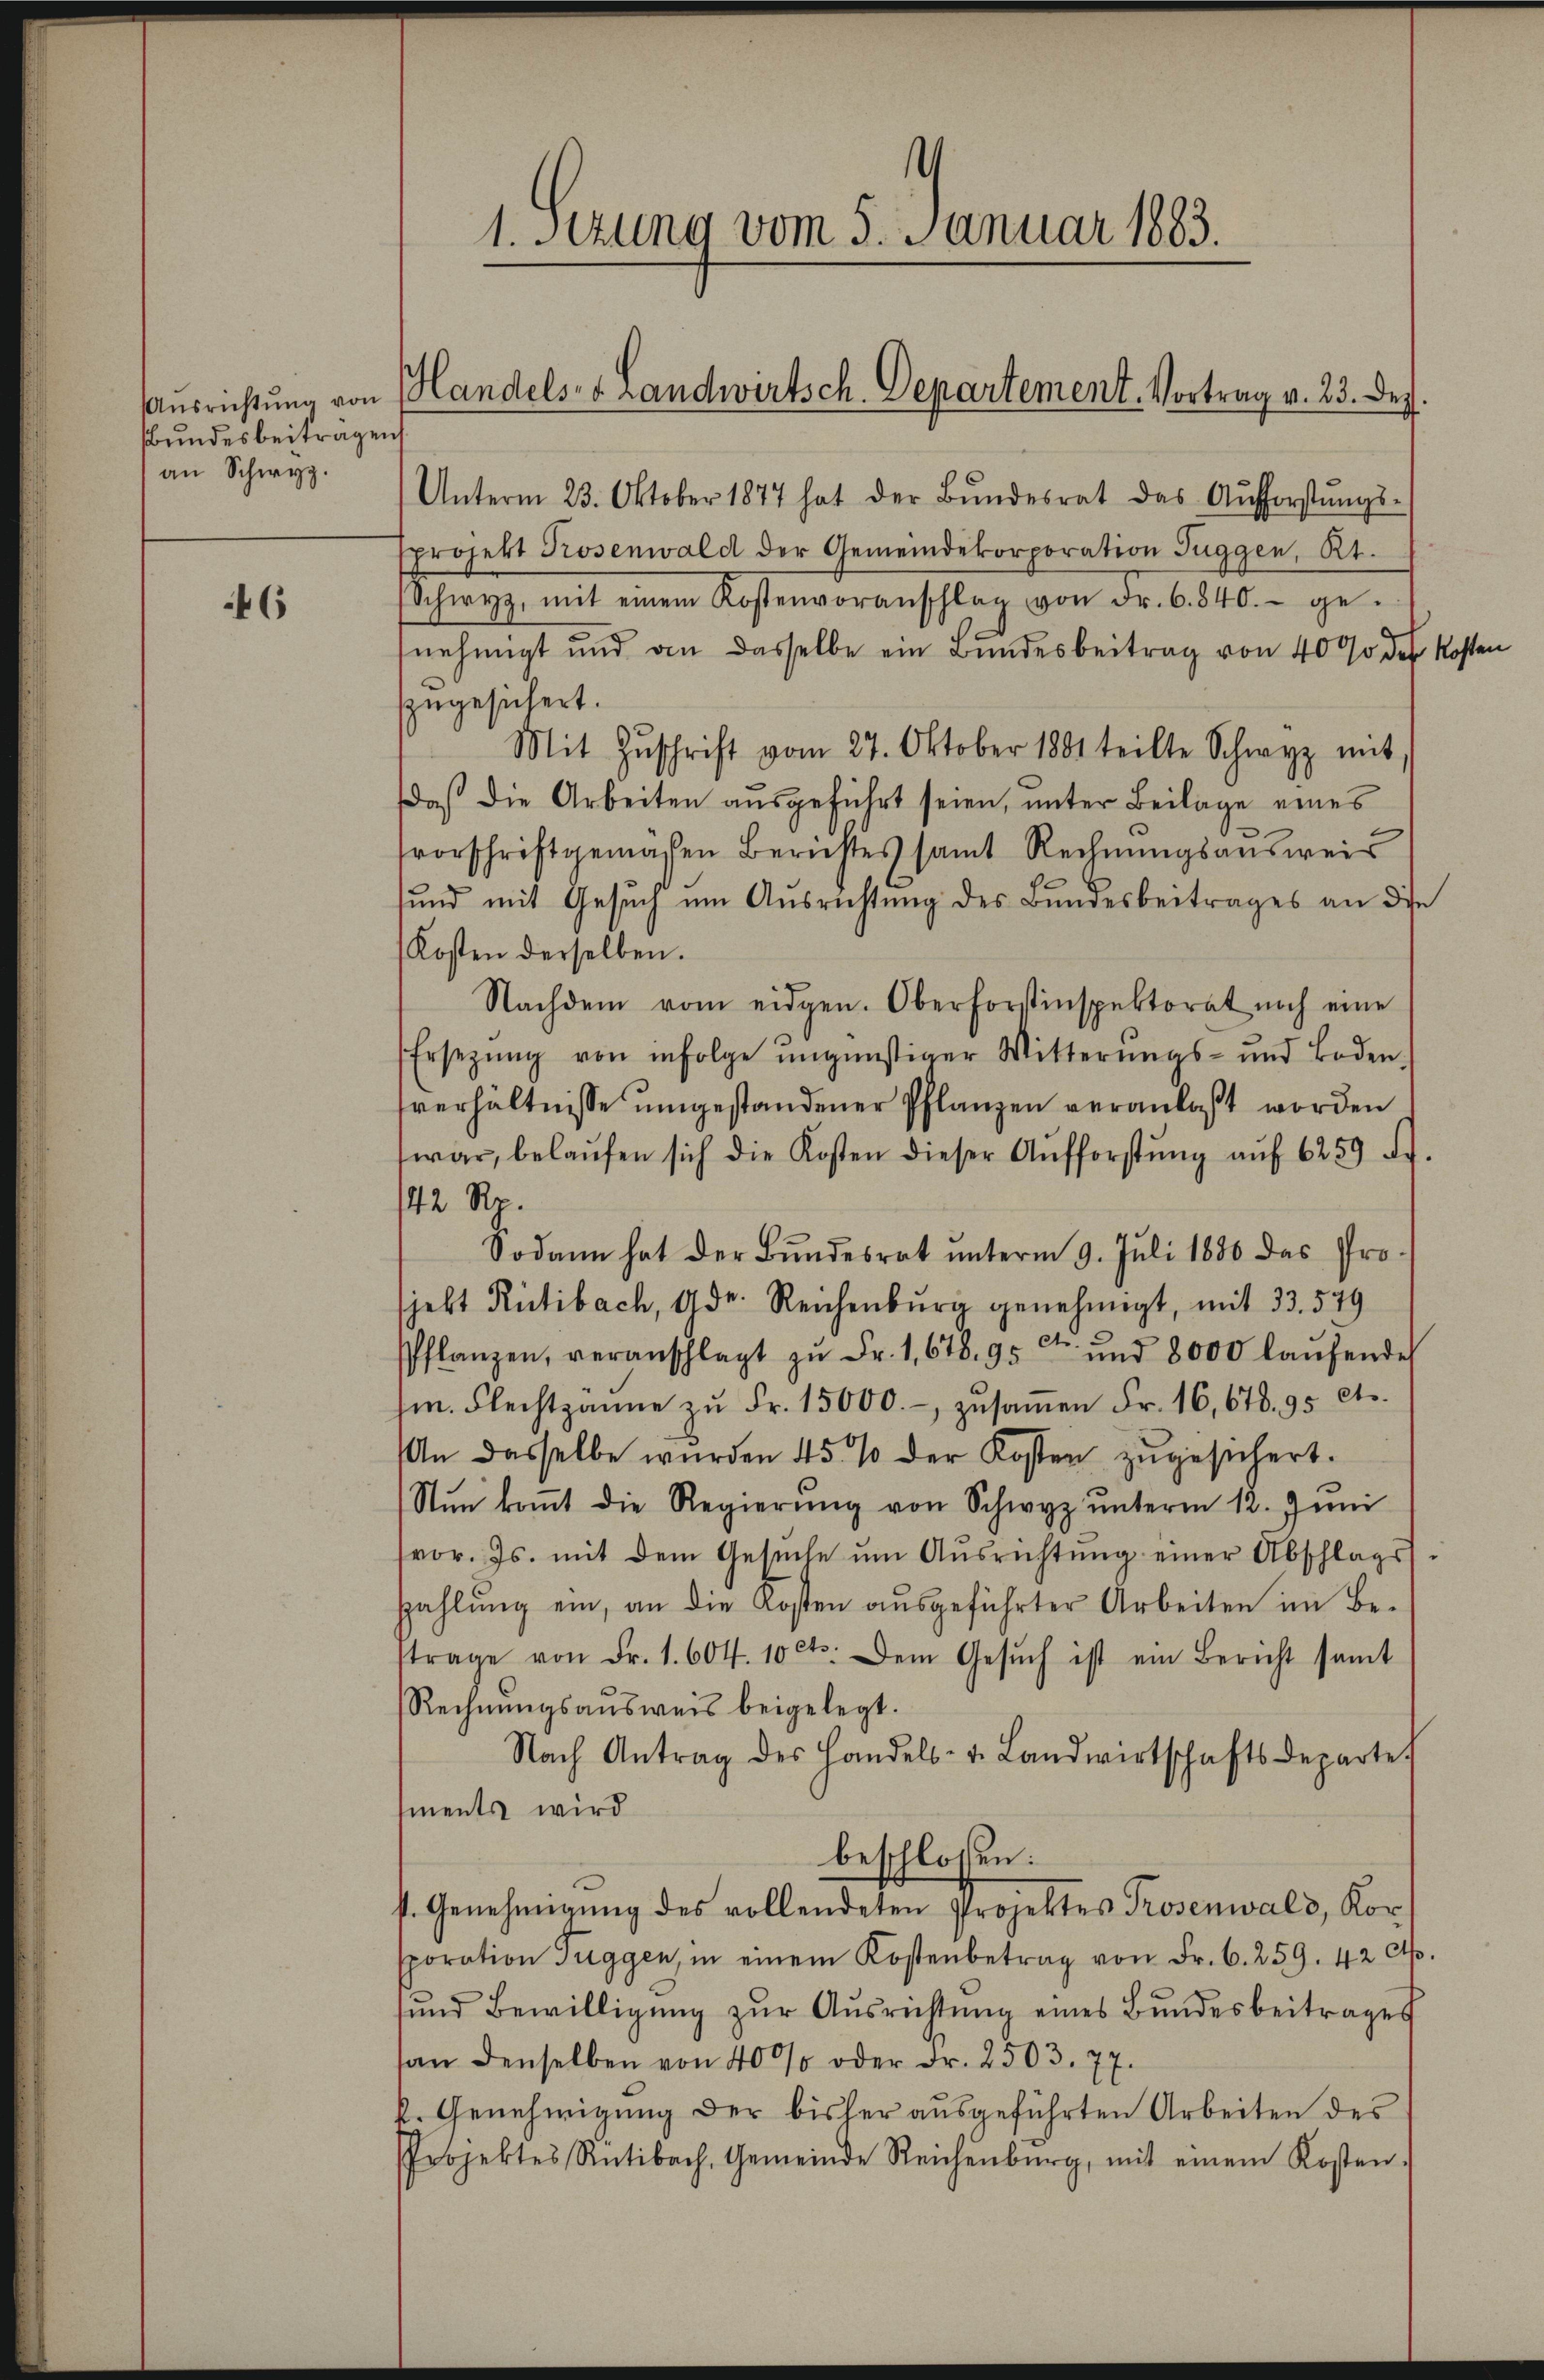
bundesbeiträgen
an Schwyz.

46

¬
1. Setzung vom 5. Januar 1883.

Ausrichtung von Handels- u. Landwirtsch. Departement. Vortrag v. 23. Dez.

Unterm 23. Oktober 1877 hat der Bŭndesrat das Aŭfforstŭngs-
sprojekt Prosenwald der Gemeindekorporation Tuggen, Kt.
Schwyz, mit einem Kostenvoranschlag von Fr. 6. 840.- ge-
fnehmigt und an dasselbe ein Bundesbeitrag von 4000 des Kosten
zzugesichert.
Mit Zŭschrift vom 27. Oktober 1881 teilte Schwyz mit
daß die Arbeiten ausgeführt seien, unter Beilage eines
svorschriftgemächen Berichtes samt Rechnungsausweis
sund mit Gesuch um Ausrichtung des Bundesbeitrages an die
Kosten derselben.
Nachdem vom eidgen. Oberforstinspektorat noch eine
Ersetzŭng von infolge ŭngünstiger Witterŭngs- und Boden.
tverhältnisse umgestandener Pflanzen veranlaßt worden
war, belaŭfen sich die Kosten dieser Aŭfforstŭng aŭf 6259 ff.
142 Rp.
Sodann hat der Bŭndesrat ŭnterm 9. Juli 1886 das Pro-
jebt Rütibach, 4 dr. Reichenburg genehmigt, mit 33. 579
Pflanzen, veranschlagt zŭ Fr. 1,678. 95 und 8000 laŭfendes
m. Flechtsanne zŭ Fr. 15000.- zŭsaṁen Fr. 16,678. 95 Cts.
An dasselbe wurden 45 % der Kosten zŭgesichert.
Nŭn koṁt die Regierŭng von Schwyz ŭnterm 12. Jŭni
vor. Js. mit dem Gesŭche ŭm Aŭsrichtŭng einer Abschlags-
Zahlung ein, an die Kosten ausgeführter Arbeiten im Beftrage von Fr. 1. 604. 10 cts. Dem Gesŭch ist ein Bericht samt
Rechnŭngsausweis beigelegt.
Nach Antrag des Handels- u. Landwirtschaftsdeparte
ments wird
beschlossen:
s. Genehmigŭng des vollendeten Projektes Prosenwald, Korsporation Tuggen, in einem Kostenbetrag von Fr. 6. 259. 42 c.
sŭnd Bewilligŭng zŭr Aŭsrichtŭng eines Bundesbeitrages
an denselben von 400 oder Fr. 2503. 77.
k. Genehmigung der bisher ausgeführten Arbeiten des
Projektes Rütibach, Gemeinde Reichenburg, mit einem Kosten-